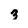
Character: 3